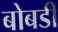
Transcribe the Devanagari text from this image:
बोबडी